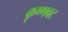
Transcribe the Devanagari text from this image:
कृष्णवट